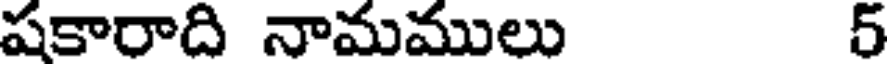
షకారాది నామములు 5